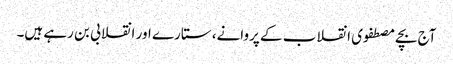
آج بچے مصطفوی انقلاب کے پروانے، ستارے اور انقلابی بن رہے ہیں۔